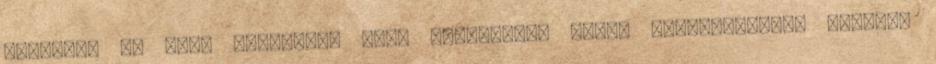
szolgál. Ha sima felületet kell megnyomni, akkor legegyszerűbb csapágy